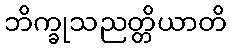
ဘိက္ခုသညတ္တိယာတိ